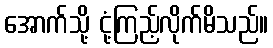
အောက်သို့ ငုံ့ကြည့်လိုက်မိသည်။